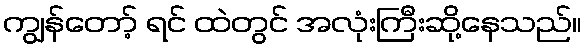
ကျွန်တော့် ရင် ထဲတွင် အလုံးကြီးဆို့နေသည်။